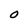
Character: O